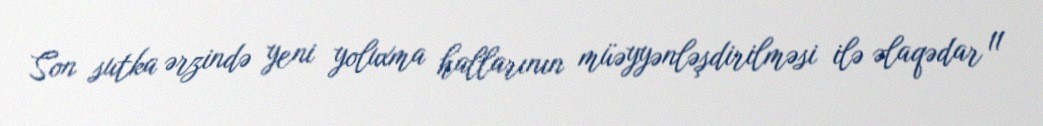
Son sutka ərzində yeni yoluxma hallarının müəyyənləşdirilməsi ilə əlaqədar 11